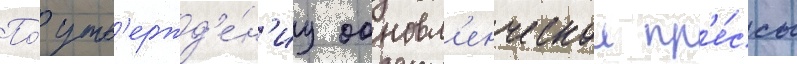
По́ утв'ержд'е́н'иу обновл'енческои пр'е́ссы